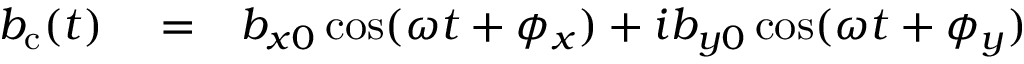
\begin{array} { r l r } { b _ { \mathrm { c } } ( t ) } & { { } = } & { b _ { x 0 } \cos ( \omega t + \phi _ { x } ) + i b _ { y 0 } \cos ( \omega t + \phi _ { y } ) } \end{array}